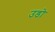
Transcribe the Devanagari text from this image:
उडो